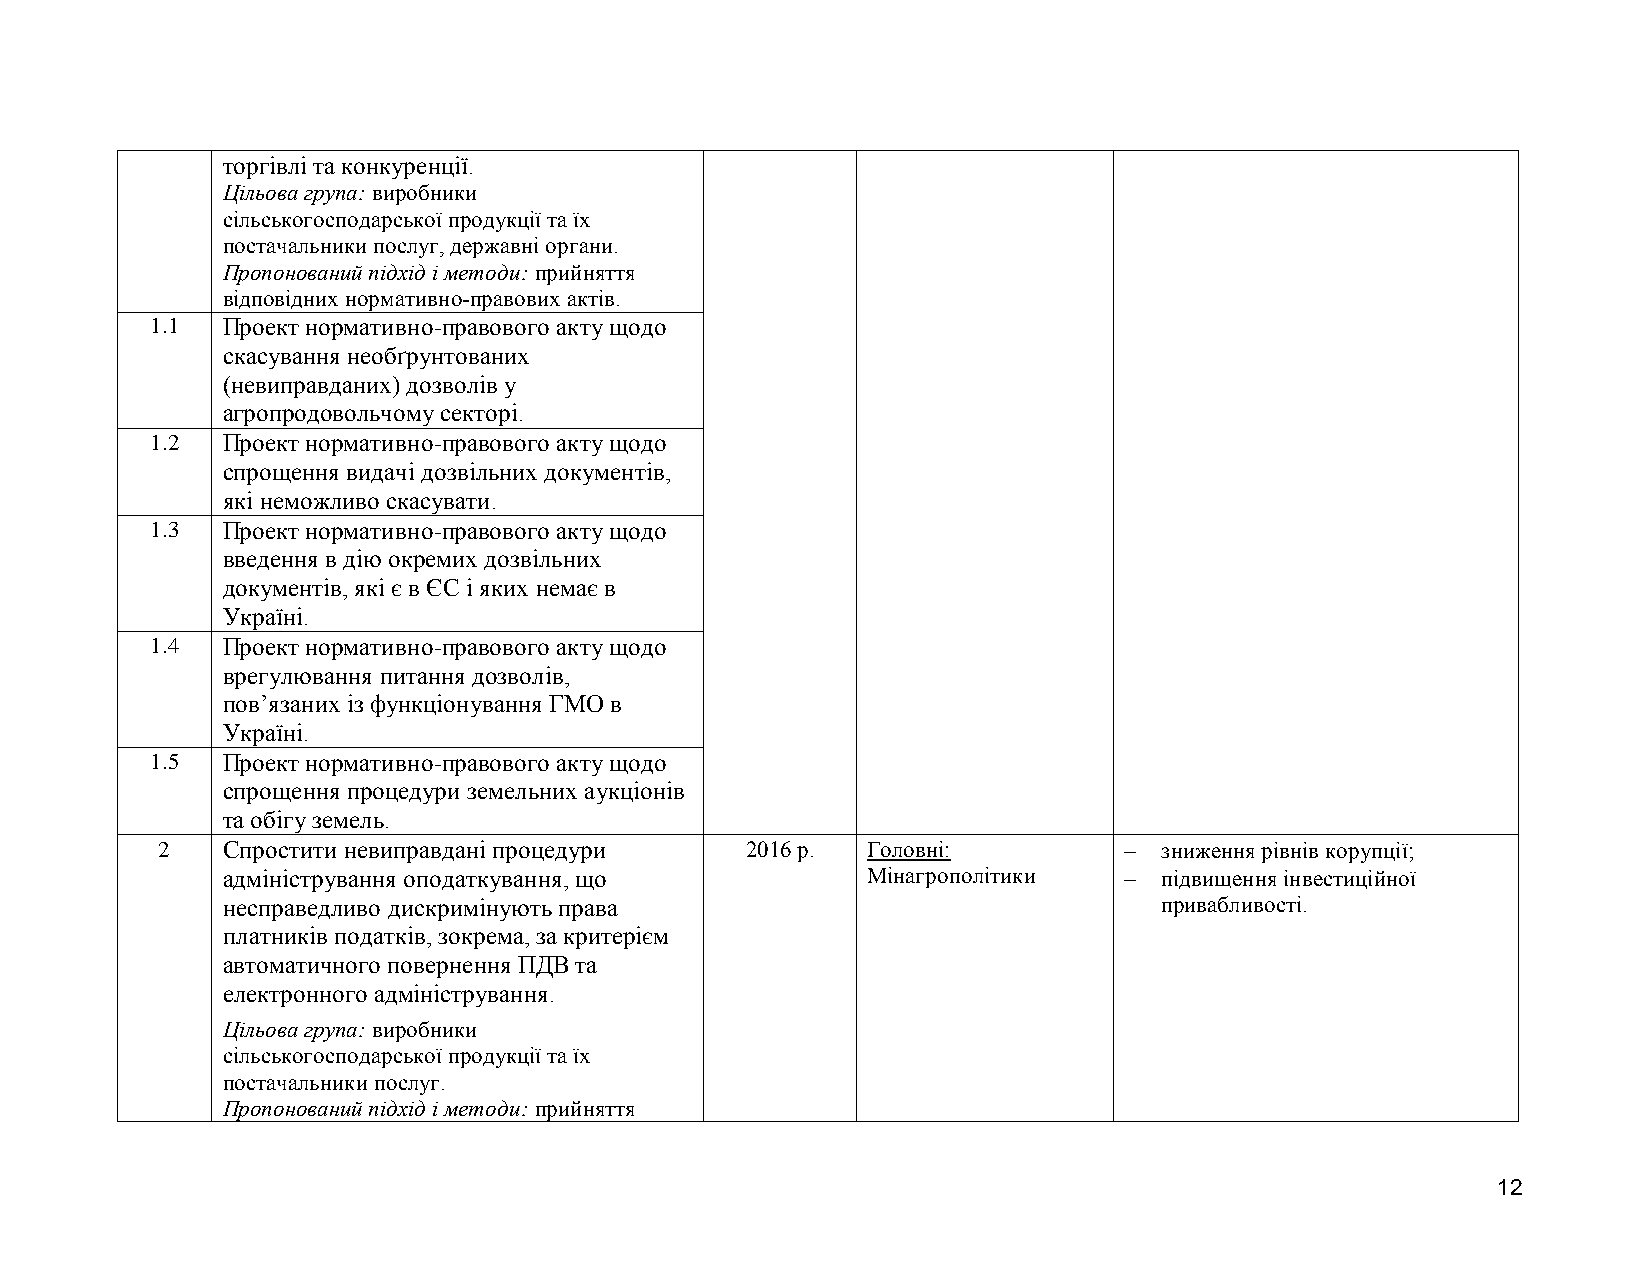
торгівлі та конкуренції.
 Цільова група: виробники
 сільськогосподарської продукції та їх
 постачальники послуг, державні органи.
 Пропонований підхід і методи: прийняття
 відповідних нормативно-правових актів.
 1.1  Проект нормативно-правового акту щодо
 скасування необґрунтованих
 (невиправданих) дозволів у
 агропродовольчому секторі.
 1.2  Проект нормативно-правового акту щодо
 спрощення видачі дозвільних документів,
 які неможливо скасувати.
 1.3  Проект нормативно-правового акту щодо
 введення в дію окремих дозвільних
 документів, які є в ЄС і яких немає в
 Україні.
 1.4  Проект нормативно-правового акту щодо
 врегулювання питання дозволів,
 пов’язаних із функціонування ГМО в
 Україні.
 1.5  Проект нормативно-правового акту щодо
 спрощення процедури земельних аукціонів
 та обігу земель.
 2    Спростити невиправдані процедури  2016 р. Головні:           зниження рівнів корупції;
 адміністрування оподаткування, що         Мінагрополітики    підвищення інвестиційної
 несправедливо дискримінують права                             привабливості.
 платників податків, зокрема, за критерієм
 автоматичного повернення ПДВ та
 електронного адміністрування.
 Цільова група: виробники
 сільськогосподарської продукції та їх
 постачальники послуг.
 Пропонований підхід і методи: прийняття
 12